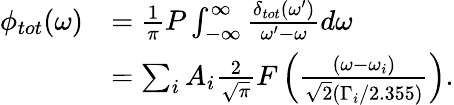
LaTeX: \begin{array}{rl}{\phi_{tot}(\omega)}&{=\frac{1}{\pi}P\int_{-\infty}^{\infty}\frac{\delta_{tot}(\omega^{\prime})}{\omega^{\prime}-\omega}d\omega}\\ &{=\sum_{i}A_{i}\frac{2}{\sqrt{\pi}}F\left(\frac{(\omega-\omega_{i})}{\sqrt{2}(\Gamma_{i}/2.355)}\right).}\end{array}